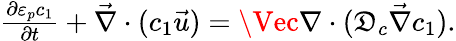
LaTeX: \begin{array}{r}{\frac{\partial\varepsilon_{p}c_{1}}{\partial t}+\vec{\nabla}\cdot(c_{1}\vec{u})=\Vec{\nabla}\cdot(\mathfrak{D}_{c}\vec{\nabla}c_{1}).}\end{array}